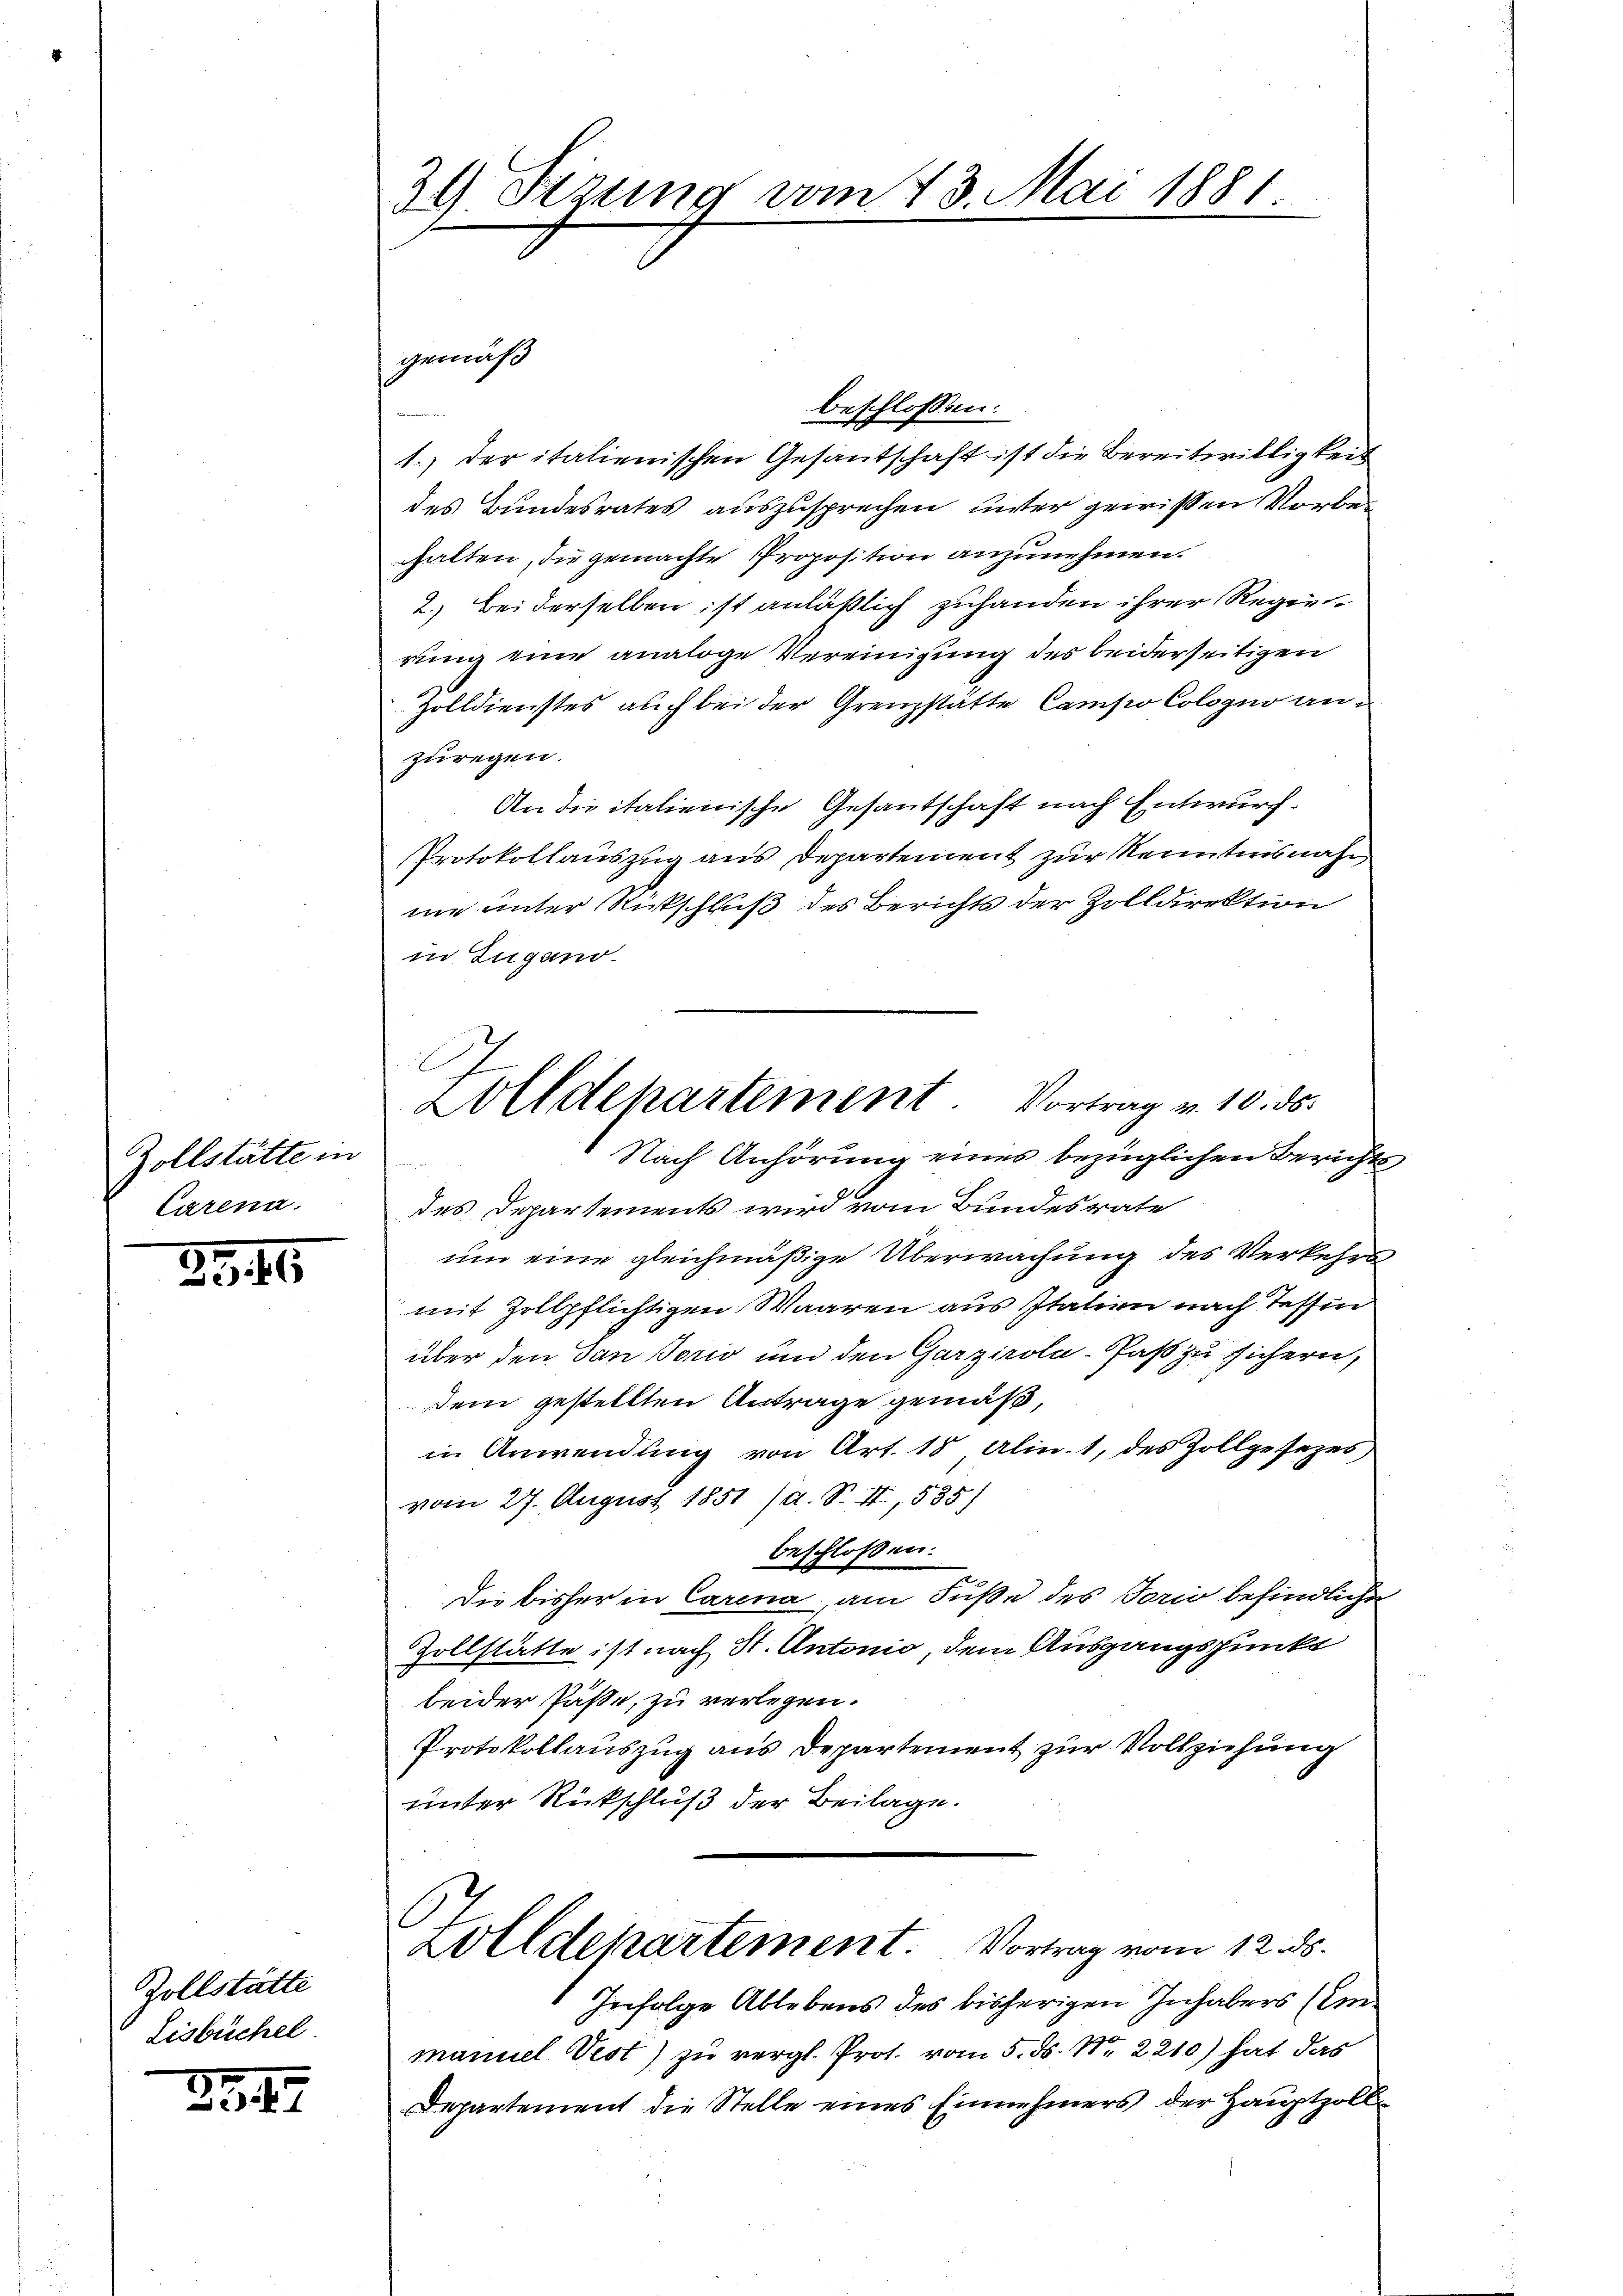
Zollstätte in
Carena.

2345

Zollstätte
Lisbüchel

2947

39 Sizung vom 13. Mai 1881.

gemäß
beschlossen:
1.) der italienischen Gesantschaft ist die Bereitwilligkeit
des Bundesrates auszusprechen, unter gewißen Vorbehalten, die gemachte Proposition anzunehmen.
2.) Bei derselben ist anläßlich zuhanden ihrer Regien
rung eine analoge Vereinigung des beiderseitigen
Zolldienstes auch bei der Grenzstätte Campio Cologio anzuregen.
An die italienische Gesandtschaft nach Entwurf.
PProtokollauszug aus Departement zur Kenntnisnahme unter Rückschluß des Berichts der Zolldirektion
in Zugano.
Nach Anhörung eines bezüglichen Berichts¬

des Departements wird vom Bundesrate
um eine gleichmäßige Überwachung des Verkehrs
mit Zollpflichtigen Waaren aus Italien nach Tessin
über den San Torio und den Garzirola- Paß zu sichern,
dem gestellten Antrage gemäß,
in Anwendung von Art. 18 Alin. 1, des Zollgesezes
vom 27. August 1851 /d. S. II, 535)
beschlossen:
Die bisher in Carina, am Fuße des Torio befindliche
Zollstätte ist nach St. Antonio, dem Ausgangspunkt
beider Päße, zu verlegen.
Protokollauszug aus Departement zur Vollziehung
unter Rückschluß der Beilage.
C
lldepartement. Vortrag vom 12. ds.
Infolge Ablebens des bisherigen Inhabers (einmanuel Vest) zu vergl. Prot. vom 5. ds. Nr. 2210) hat das
Departement die Stelle eines Einnehmers der Hauptzoll¬

Zolldepartement. Vortrag v. 10. ds.